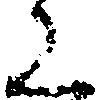
く